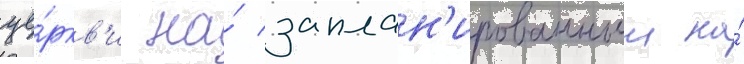
це́ркв'и на́ заплан'ированныи на́